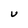
Character: U